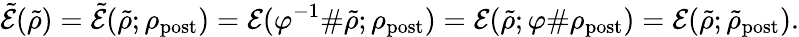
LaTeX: \tilde{\mathcal{E}}(\tilde{\rho})=\tilde{\mathcal{E}}(\tilde{\rho};\rho_{\mathrm{post}})=\mathcal{E}(\varphi^{-1}\# \tilde{\rho};\rho_{\mathrm{post}})=\mathcal{E}(\tilde{\rho};\varphi\# \rho_{\mathrm{post}})=\mathcal{E}(\tilde{\rho};\tilde{\rho}_{\mathrm{post}}).